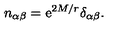
n _ { \alpha \beta } = \mathrm { e } ^ { 2 M / r } \delta _ { \alpha \beta } .